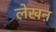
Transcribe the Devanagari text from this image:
लेखऩ